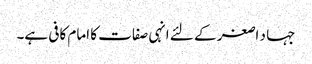
جہا د اصغر کے لئے انہی صفات کا امام کافی ہے۔